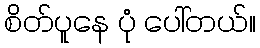
စိတ်ပူနေ ပုံ ပေါ်တယ်။